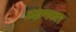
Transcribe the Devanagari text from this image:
तक्षणकार